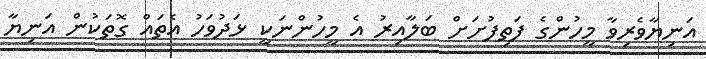
އަނިޔާވެރިވާ މީހުންގެ ފަތިފުށަށް ބަލާއިރު އެ މީހުންނަކީ ޅަދުވަހު އެތައް ގޮތަކުން އަނިޔާ